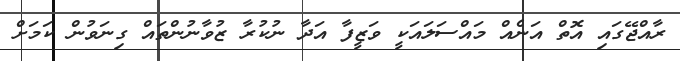
ރާއްޖޭގައި އޮތް އަނެއް މައްސަލައަކީ ވަޒީފާ އަދާ ނުކުރާ ޒުވާނުންތައް ގިނަވުން ކަމަށް